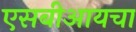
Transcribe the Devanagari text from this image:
एसबीआयचा